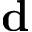
\textbf { d }